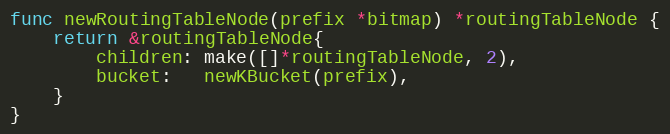
Language: Go
func newRoutingTableNode(prefix *bitmap) *routingTableNode {
	return &routingTableNode{
		children: make([]*routingTableNode, 2),
		bucket:   newKBucket(prefix),
	}
}